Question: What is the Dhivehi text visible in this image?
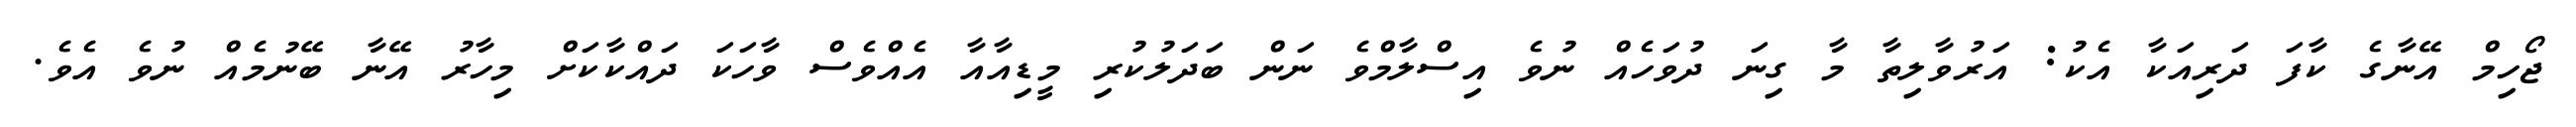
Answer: ޖޯހިމް އޭނާގެ ކާފަ ދަރިއަކާ އެކު: އަރުވާލިތާ މާ ގިނަ ދުވަހެއް ނުވެ އިސްލާމްވެ ނަން ބަދަލުކުރި މީޑިއާއާ އެއްވެސް ވާހަކަ ދައްކާކަށް މިހާރު އޭނާ ބޭނުމެއް ނުވެ އެވެ.